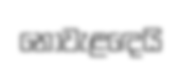
නොවැළඳෙයි